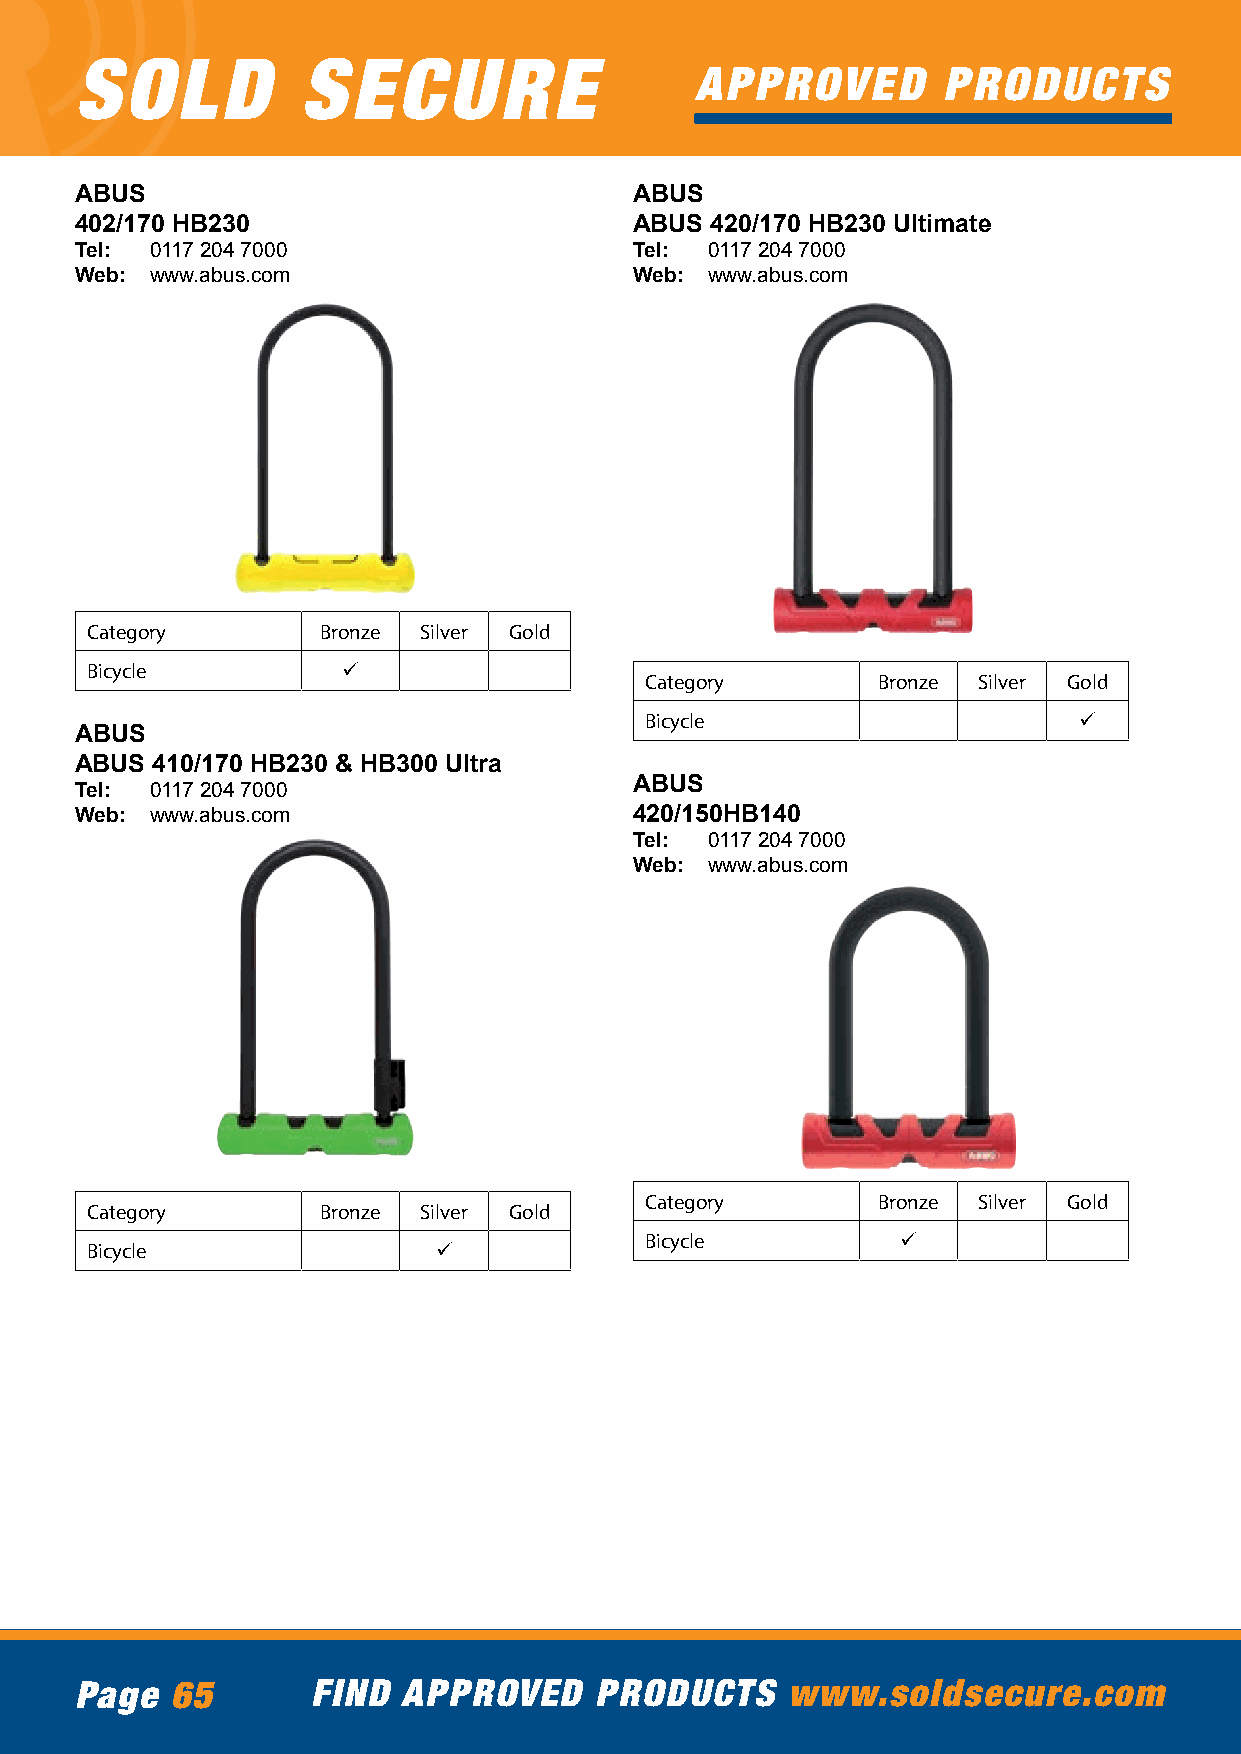
SOLD           SECURE
 APPROVED        PRODUCTS
 ABUS                                 ABUS
 402/170 HB230                        ABUS 420/170 HB230 Ultimate
 Tel: 0117 204 7000                   Tel: 0117 204 7000
 Web: www.abus.com                    Web: www.abus.com
 Category       Bronze Silver Gold
 Bicycle          ü
 Category       Bronze Silver Gold
 Bicycle                     ü
 ABUS
 ABUS 410/170 HB230 & HB300 Ultra
 ABUS
 Tel: 0117 204 7000
 Web: www.abus.com                    420/150HB140
 Tel: 0117 204 7000
 Web: www.abus.com
 Category       Bronze Silver Gold
 Category       Bronze Silver Gold
 Bicycle          ü
 Bicycle                ü
 Page  65        FIND  APPROVED    PRODUCTS     www.soldsecure.com